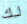
لك